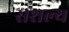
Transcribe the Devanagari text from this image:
सशल्य